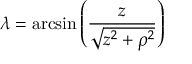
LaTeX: \lambda = \arcsin \left( { \frac { z } { \sqrt { z ^ { 2 } + \rho ^ { 2 } } } } \right)